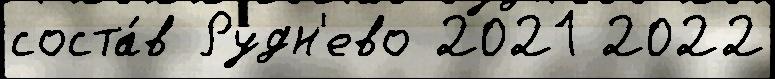
соста́в Рудн'ево 2021 2022